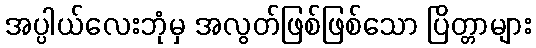
အပ္ပါယ်လေးဘုံမှ အလွတ်ဖြစ်ဖြစ်သော ပြိတ္တာများ